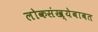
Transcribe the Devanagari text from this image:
लोकसंख्येबाबत